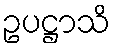
ဥပဋ္ဌာသိ